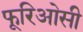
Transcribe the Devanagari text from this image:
फूरिओसी